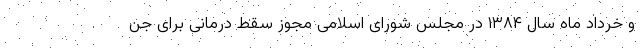
و خرداد ماه سال ١٣٨۴ در مجلس شورای اسلامی مجوز سقط درمانی برای جن